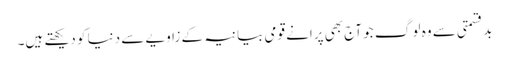
بدقسمتی سے وہ لو گ جو آج بھی پرانے قومی بیانیہ کے زاویے سے دنیا کو دیکھتے ہیں۔